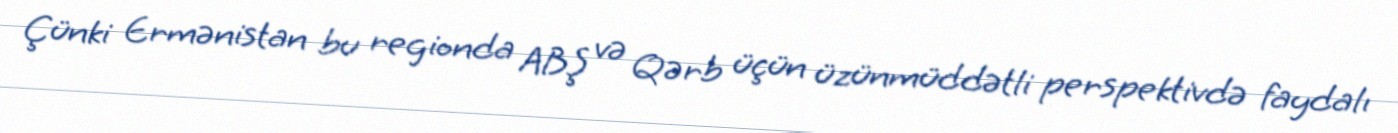
Çünki Ermənistan bu regionda ABŞ və Qərb üçün üzünmüddətli perspektivdə faydalı